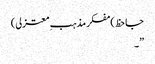
جاحظ)مفکر مذہب ِمعتزلی)
”۔